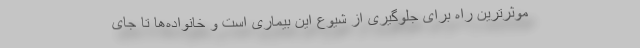
موثرترین راه برای جلوگیری از شیوع این بیماری است و خانواده‌ها تا جای